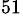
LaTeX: ^{51}